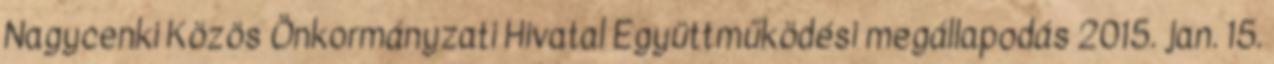
Nagycenki Közös Önkormányzati Hivatal Együttműködési megállapodás 2015. jan. 15.